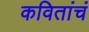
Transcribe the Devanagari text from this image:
कवितांचं